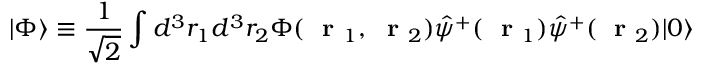
| \Phi \rangle \equiv \frac { 1 } { \sqrt { 2 } } \int d ^ { 3 } r _ { 1 } d ^ { 3 } r _ { 2 } \Phi ( \mathrm { ~ \bf ~ r ~ } _ { 1 } , \mathrm { ~ \bf ~ r ~ } _ { 2 } ) \hat { \psi } ^ { + } ( \mathrm { ~ \bf ~ r ~ } _ { 1 } ) \hat { \psi } ^ { + } ( \mathrm { ~ \bf ~ r ~ } _ { 2 } ) | 0 \rangle